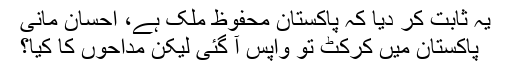
یہ ثابت کر دیا کہ پاکستان محفوظ ملک ہے، احسان مانی
پاکستان میں کرکٹ تو واپس آ گئی لیکن مداحوں کا کیا؟